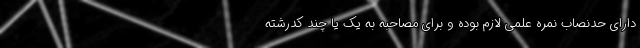
دارای حدنصاب نمره علمی لازم بوده و برای مصاحبه به یک یا چند کدرشته